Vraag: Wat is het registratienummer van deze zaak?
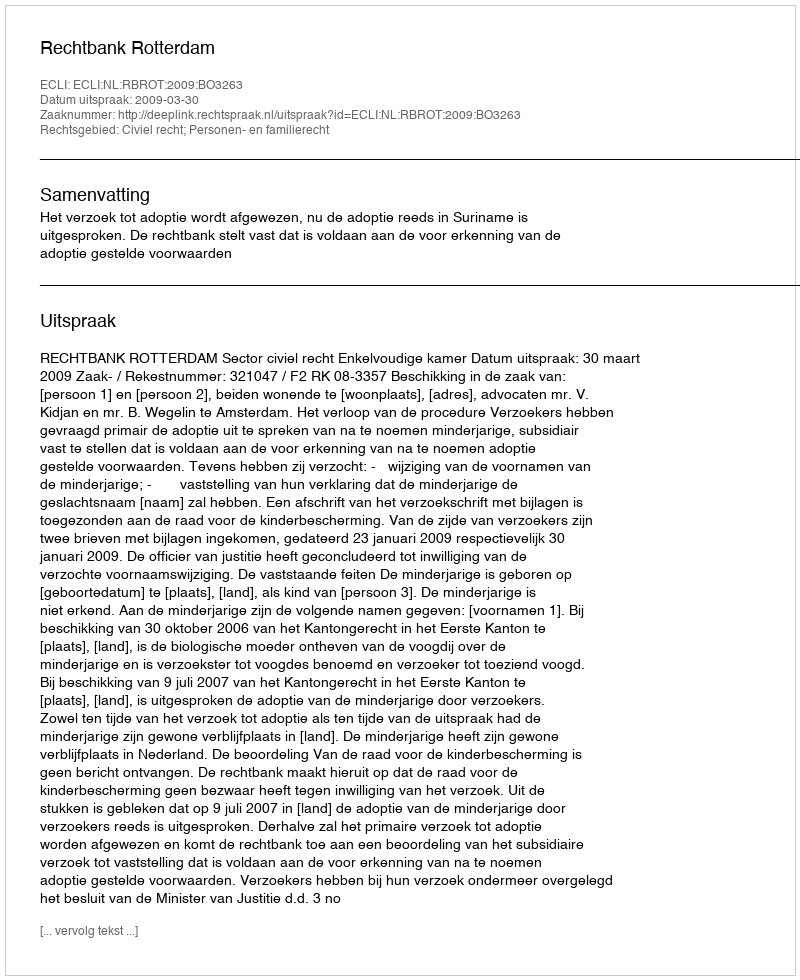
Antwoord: http://deeplink.rechtspraak.nl/uitspraak?id=ECLI:NL:RBROT:2009:BO3263